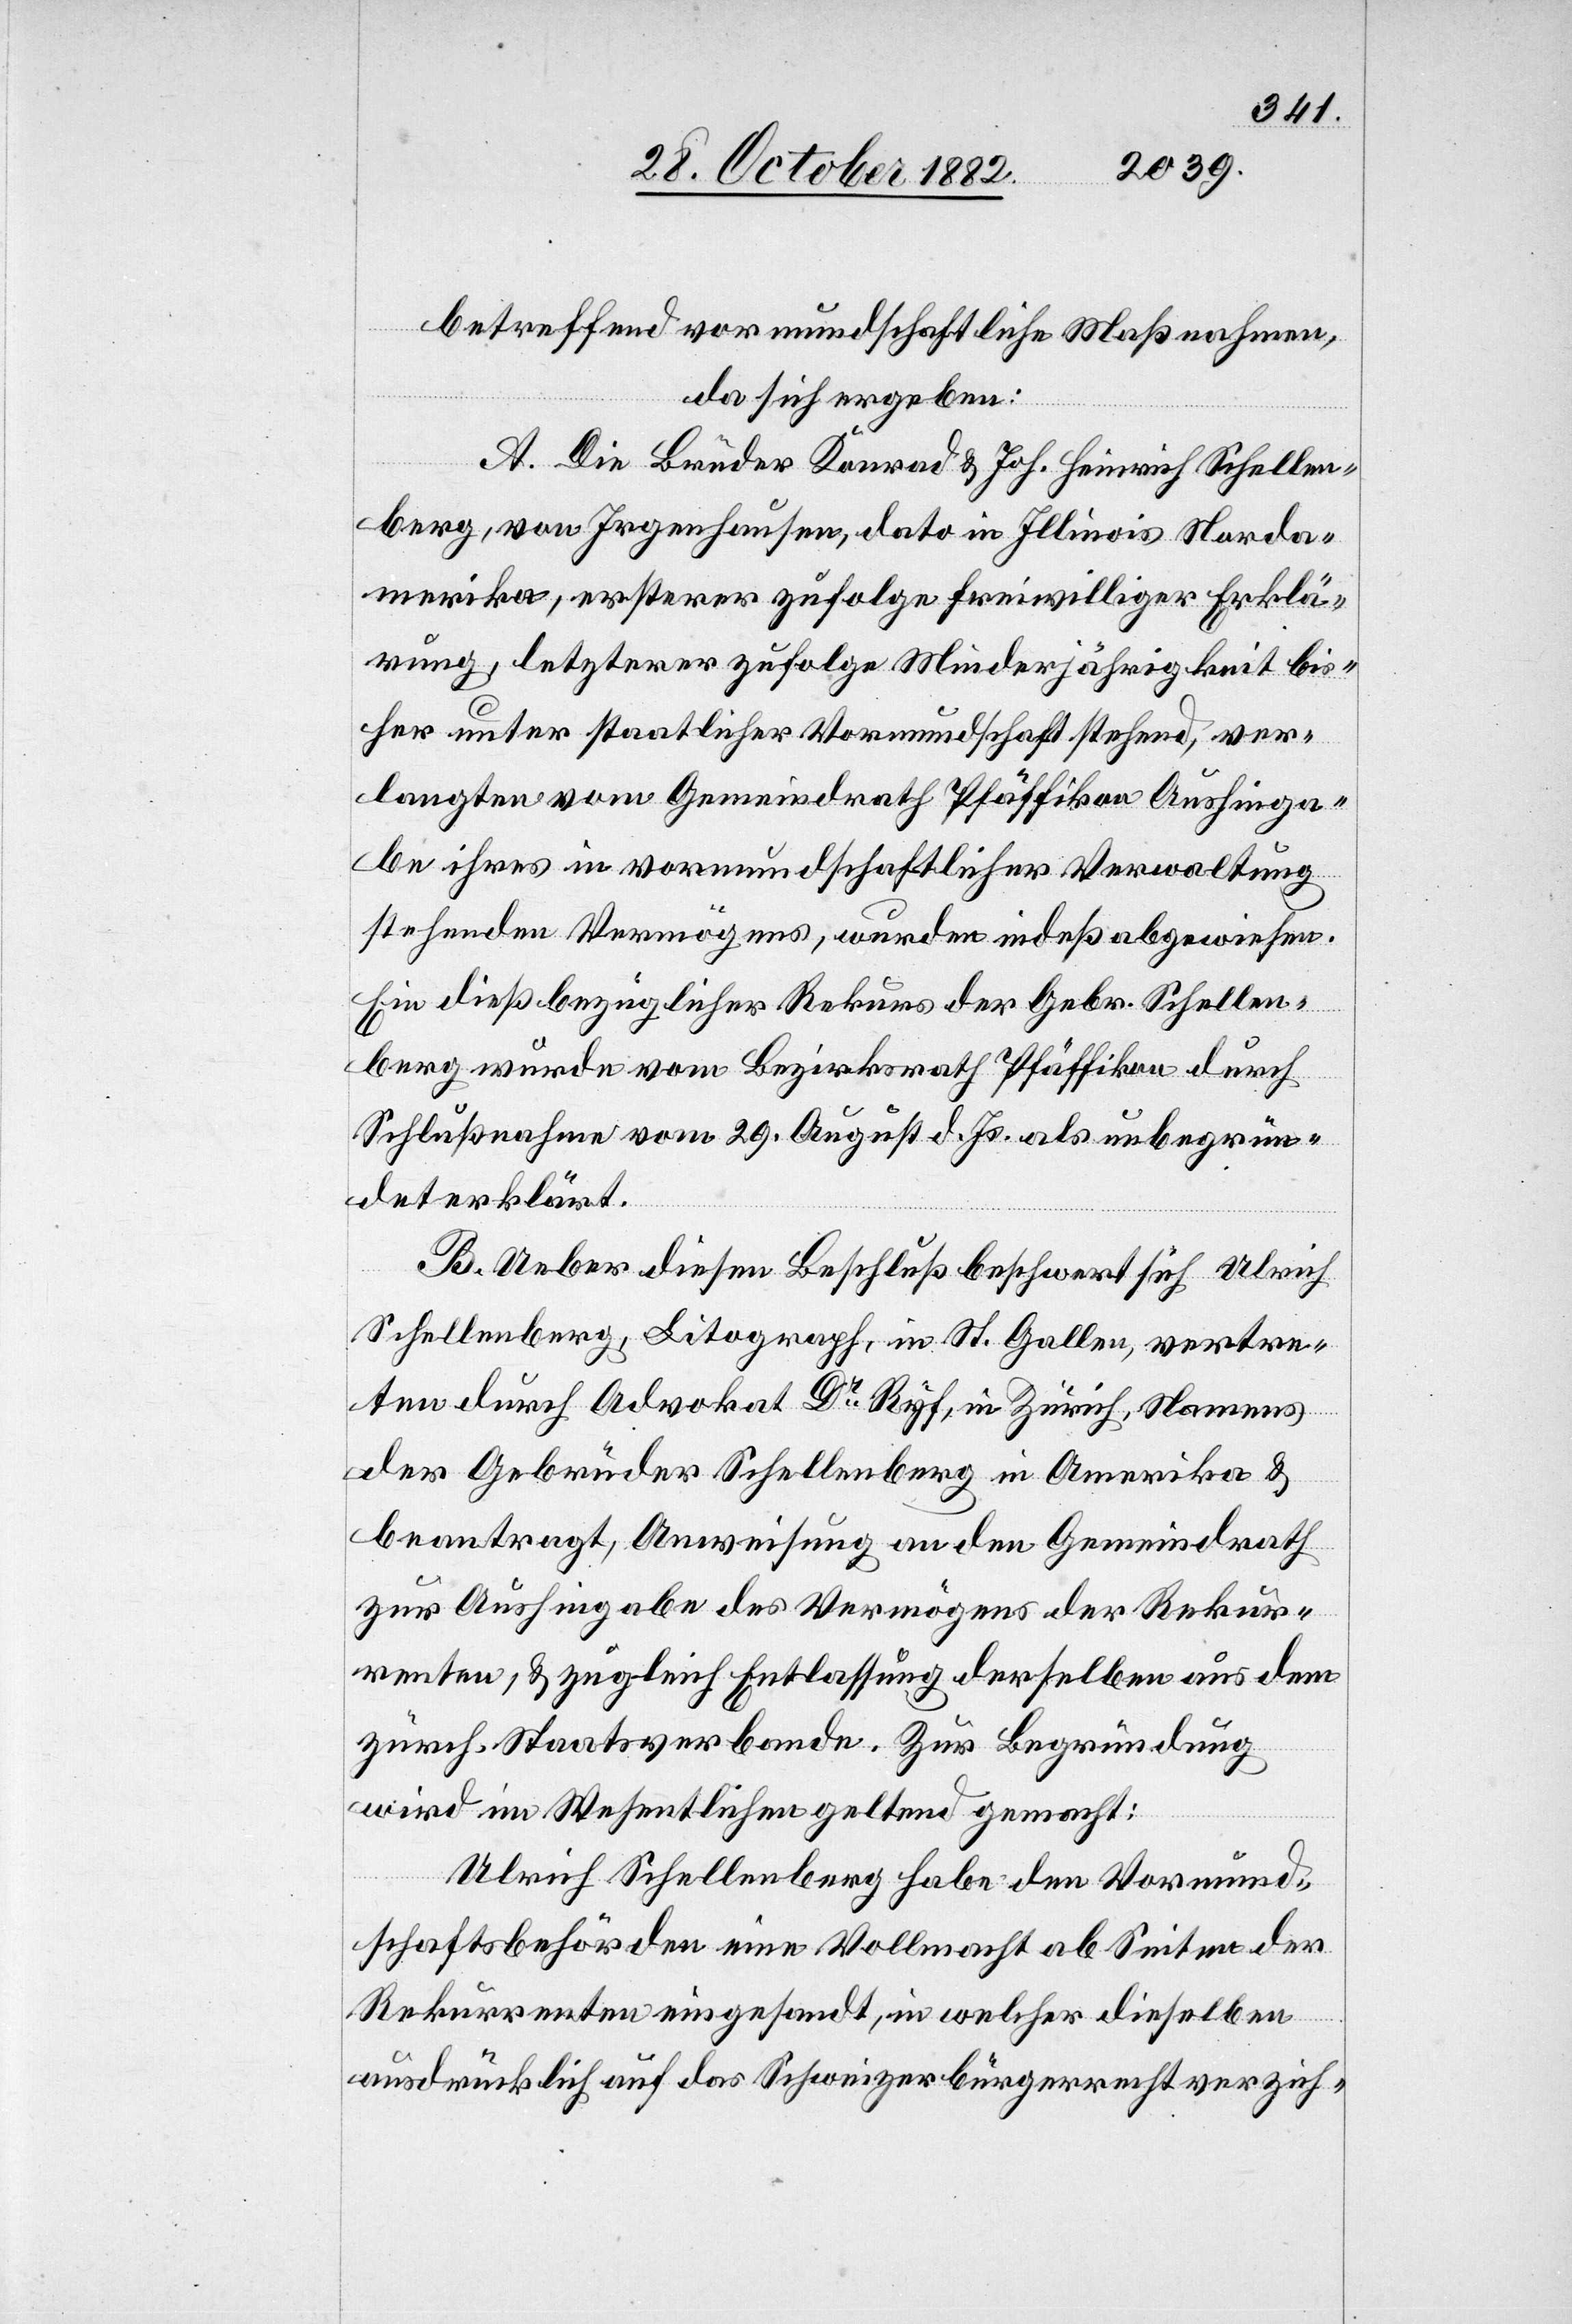
betreffend vormundschaftliche Maßnahmen,
da sich ergeben:
A. Die Brüder Konrad & Joh. Heinrich Schellen¬
berg, von Irgenhausen, dato in Illinois Norda¬
merika, ersterer zufolge freiwilliger Erklä¬
rung, letzterer zufolge Minderjährigkeit bis¬
her unter staatlicher Vormundschaft stehend, ver¬
langten vom Gemeindrath Pfäffikon Aushinga¬
be ihres in vormundschaftlicher Verwaltung
stehenden Vermögens, wurden indeß abgewiesen.
Ein dießbezüglicher Rekurs der Gebr. Schellen¬
berg wurde vom Bezirksrath Pfäffikon durch
Schlußnahme vom 29. August d. Js. als unbegrün¬
det erklärt.
B. Ueber diesen Beschluß beschwert sich Ulrich
Schellenberg, Litograph, in St. Gallen, vertre¬
ten durch Advokat Dr Ryf, in Zürich, Namens
der Gebrüder Schellenberg in Amerika &
beantragt, Anweisung an den Gemeindrath
zur Aushingabe des Vermögens der Rekur¬
renten, & zugleich Entlassung derselben aus dem
zürch. Staatsverbande. Zur Begründung
wird im Wesentlichen geltend gemacht:
Ulrich Schellenberg habe den Vormund¬
schaftsbehörden eine Vollmacht ab Seiten der
Rekurrenten eingesandt, in welcher dieselben
ausdrücklich auf das Schweizerbürgerrecht verzich-